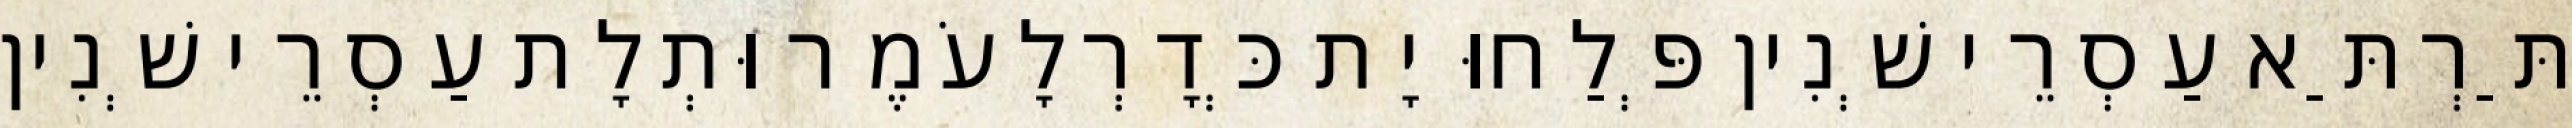
תַּרְתַּא עַסְרֵי שְׁנִין פְּלַחוּ יָת כְּדָרְלָעֹמֶר וּתְלָת עַסְרֵי שְׁנִין